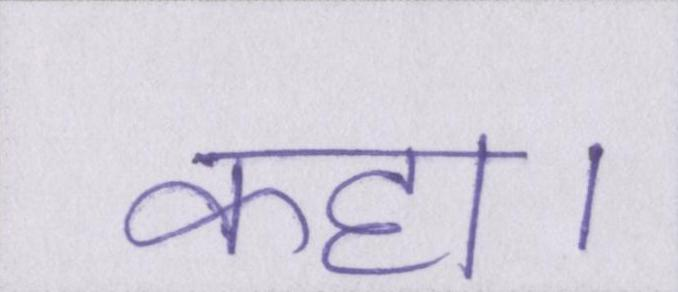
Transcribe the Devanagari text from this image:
कहा।